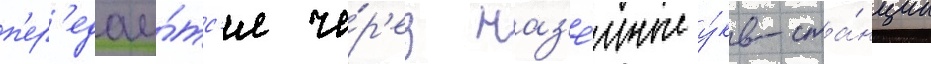
п'ер'едау́тс'я че́р'ез наз'е́мные у́кв-ста́нции